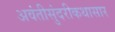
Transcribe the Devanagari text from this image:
अवंतीसुंदरीकथासार